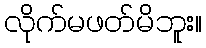
လိုက်မဖတ်မိဘူး။